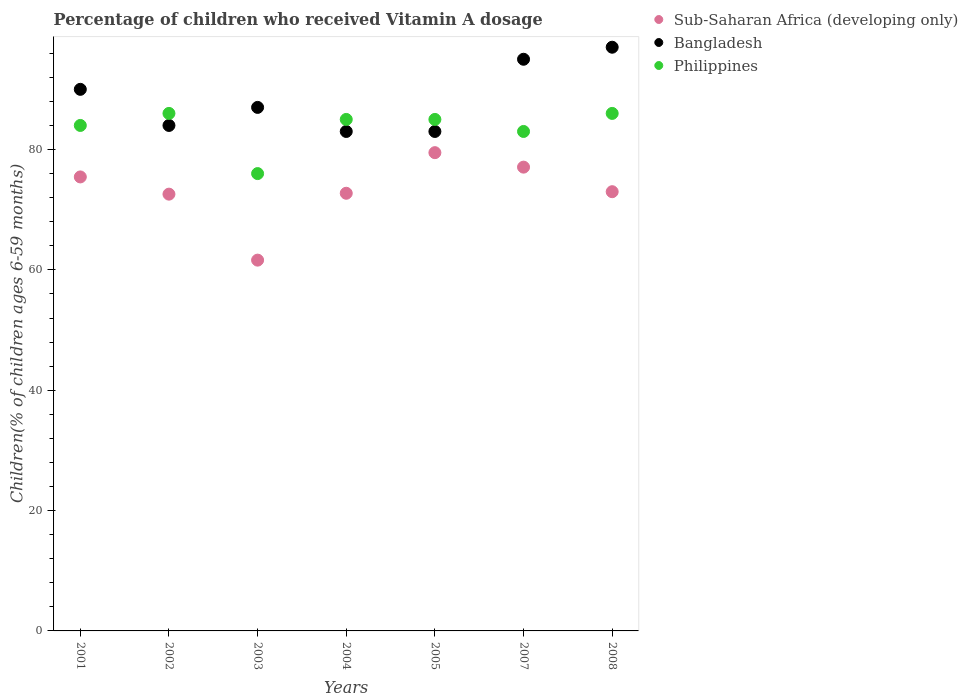
| Years | Sub-Saharan Africa (developing only) | Bangladesh | Philippines |
 | --- | --- | --- | --- |
 | 2001 | 75.4 | 90 | 84 |
 | 2002 | 72.6 | 84 | 86 |
 | 2003 | 61.6 | 87 | 76 |
 | 2004 | 72.7 | 83 | 85 |
 | 2005 | 79.5 | 83 | 85 |
 | 2007 | 77.1 | 95 | 83 |
 | 2008 | 73 | 97 | 86 |